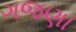
ગજણા